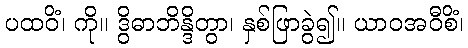
ပထဝိံ၊ ကို။ ဒွိဓာဘိန္ဒိတွာ၊ နှစ်ဖြာခွဲ၍။ ယာဝအဝီစိံ၊